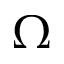
\Omega